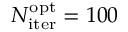
N _ { \mathrm { i t e r } } ^ { \mathrm { o p t } } = 1 0 0